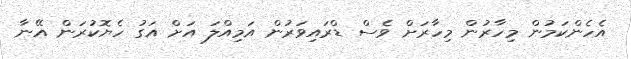
އެހެންކަމުން މިހާރުން މިހާރަށް ވެސް ޑްރައިވަރުން އަމިއްލަ އަށް އަގު ހެޔޮކުރަން އޭނާ